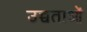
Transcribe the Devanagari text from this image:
उच्चताओं